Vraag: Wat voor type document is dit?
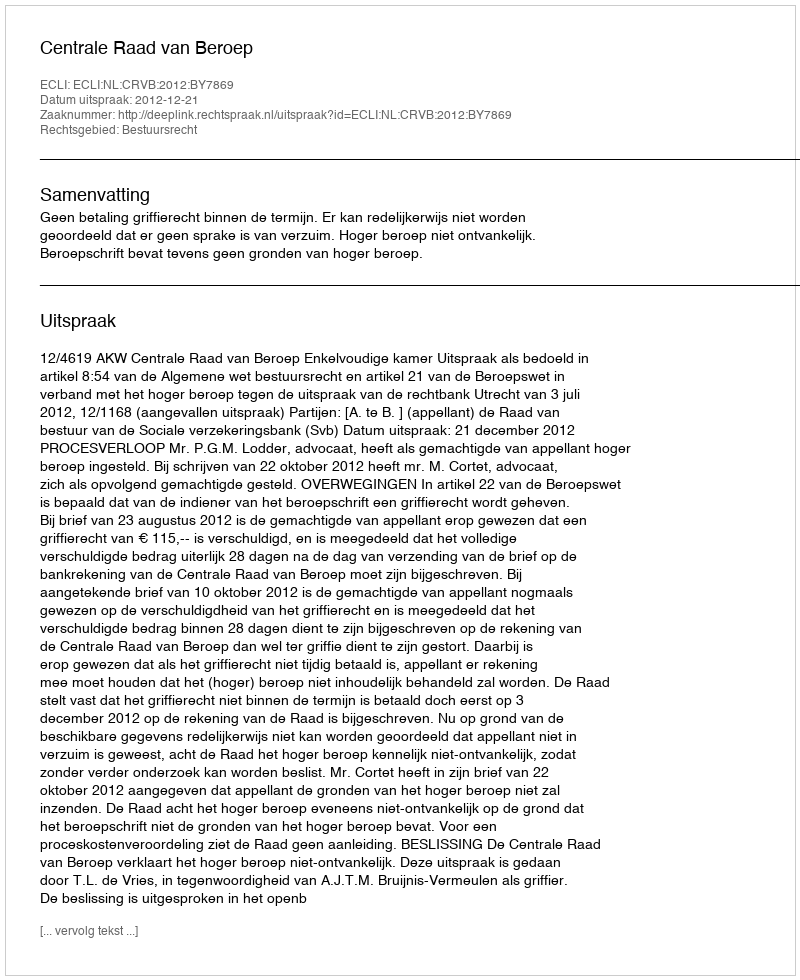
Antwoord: Uitspraak